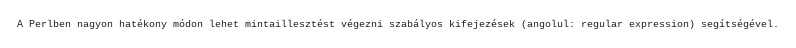
A Perlben nagyon hatékony módon lehet mintaillesztést végezni szabályos kifejezések (angolul: regular expression) segítségével.